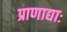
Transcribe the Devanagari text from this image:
प्राणाद्याः